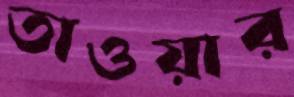
তাওয়ার